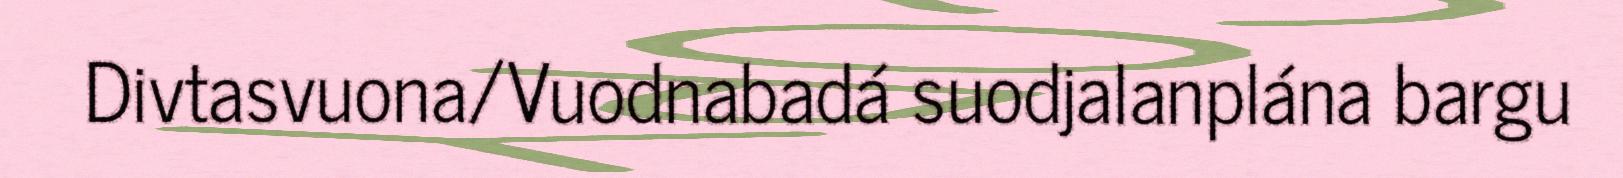
Divtasvuona/Vuodnabadá suodjalanplána bargu